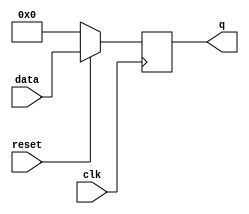
`timescale 1ns / 1ps
`default_nettype none

module register4_sync_reset(
	input  wire clk,
	input  wire reset,
	input  wire [3:0] data,
	output reg [3:0] q
    );
	 
	always @ (posedge clk) begin
		if (reset == 1'b0) begin
			q <= 4'b0;
		end else begin
			q <= data;
		end
	end
endmodule